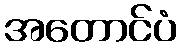
အတောင်ပံ